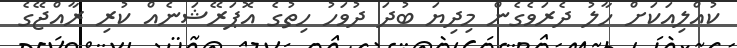
ކުއްލިއަކަށް ހާލު ދެރަވެގެން މިދިޔަ ބުދަ ދުވަހު ހިތުގެ އޮޕަރޭޝަނެއް ކުރި ރާއްޖޭގެ